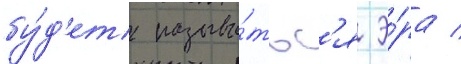
бу́д'ет называ́тьс'я э́ра /